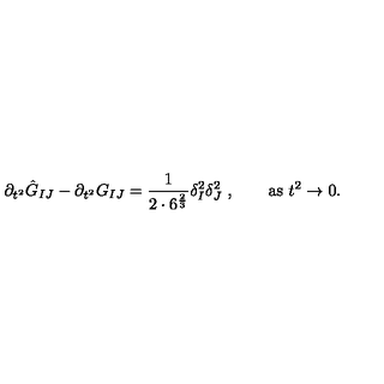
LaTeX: \partial _ { t ^ { 2 } } \hat { G } _ { I J } - \partial _ { t ^ { 2 } } G _ { I J } = { \frac { 1 } { 2 \cdot 6 ^ { \frac { 2 } { 3 } } } } \delta _ { I } ^ { 2 } \delta _ { J } ^ { 2 } \ , \qquad \mathrm { a s } \ t ^ { 2 } \rightarrow 0 .